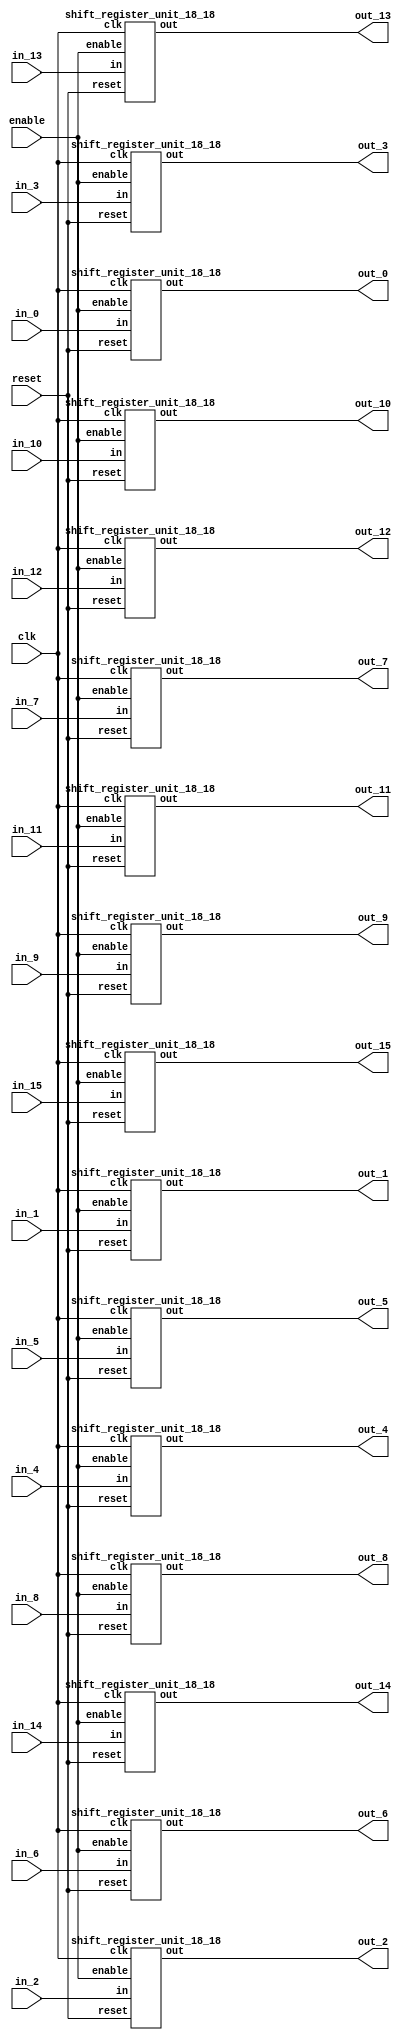
`define SIMULATION_MEMORY

module shift_register_group_18_16_18 (
	input clk,
	input enable,
	input [17:0] in_0,
	output [17:0] out_0,
	input [17:0] in_1,
	output [17:0] out_1,
	input [17:0] in_2,
	output [17:0] out_2,
	input [17:0] in_3,
	output [17:0] out_3,
	input [17:0] in_4,
	output [17:0] out_4,
	input [17:0] in_5,
	output [17:0] out_5,
	input [17:0] in_6,
	output [17:0] out_6,
	input [17:0] in_7,
	output [17:0] out_7,
	input [17:0] in_8,
	output [17:0] out_8,
	input [17:0] in_9,
	output [17:0] out_9,
	input [17:0] in_10,
	output [17:0] out_10,
	input [17:0] in_11,
	output [17:0] out_11,
	input [17:0] in_12,
	output [17:0] out_12,
	input [17:0] in_13,
	output [17:0] out_13,
	input [17:0] in_14,
	output [17:0] out_14,
	input [17:0] in_15,
	output [17:0] out_15,
	input reset
);

shift_register_unit_18_18 shift_register_unit_18_18_inst_0 (
	.clk(clk),
	.reset(reset),
	.enable(enable),
	.in(in_0),
	.out(out_0)
);

shift_register_unit_18_18 shift_register_unit_18_18_inst_1 (
	.clk(clk),
	.reset(reset),
	.enable(enable),
	.in(in_1),
	.out(out_1)
);

shift_register_unit_18_18 shift_register_unit_18_18_inst_2 (
	.clk(clk),
	.reset(reset),
	.enable(enable),
	.in(in_2),
	.out(out_2)
);

shift_register_unit_18_18 shift_register_unit_18_18_inst_3 (
	.clk(clk),
	.reset(reset),
	.enable(enable),
	.in(in_3),
	.out(out_3)
);

shift_register_unit_18_18 shift_register_unit_18_18_inst_4 (
	.clk(clk),
	.reset(reset),
	.enable(enable),
	.in(in_4),
	.out(out_4)
);

shift_register_unit_18_18 shift_register_unit_18_18_inst_5 (
	.clk(clk),
	.reset(reset),
	.enable(enable),
	.in(in_5),
	.out(out_5)
);

shift_register_unit_18_18 shift_register_unit_18_18_inst_6 (
	.clk(clk),
	.reset(reset),
	.enable(enable),
	.in(in_6),
	.out(out_6)
);

shift_register_unit_18_18 shift_register_unit_18_18_inst_7 (
	.clk(clk),
	.reset(reset),
	.enable(enable),
	.in(in_7),
	.out(out_7)
);

shift_register_unit_18_18 shift_register_unit_18_18_inst_8 (
	.clk(clk),
	.reset(reset),
	.enable(enable),
	.in(in_8),
	.out(out_8)
);

shift_register_unit_18_18 shift_register_unit_18_18_inst_9 (
	.clk(clk),
	.reset(reset),
	.enable(enable),
	.in(in_9),
	.out(out_9)
);

shift_register_unit_18_18 shift_register_unit_18_18_inst_10 (
	.clk(clk),
	.reset(reset),
	.enable(enable),
	.in(in_10),
	.out(out_10)
);

shift_register_unit_18_18 shift_register_unit_18_18_inst_11 (
	.clk(clk),
	.reset(reset),
	.enable(enable),
	.in(in_11),
	.out(out_11)
);

shift_register_unit_18_18 shift_register_unit_18_18_inst_12 (
	.clk(clk),
	.reset(reset),
	.enable(enable),
	.in(in_12),
	.out(out_12)
);

shift_register_unit_18_18 shift_register_unit_18_18_inst_13 (
	.clk(clk),
	.reset(reset),
	.enable(enable),
	.in(in_13),
	.out(out_13)
);

shift_register_unit_18_18 shift_register_unit_18_18_inst_14 (
	.clk(clk),
	.reset(reset),
	.enable(enable),
	.in(in_14),
	.out(out_14)
);

shift_register_unit_18_18 shift_register_unit_18_18_inst_15 (
	.clk(clk),
	.reset(reset),
	.enable(enable),
	.in(in_15),
	.out(out_15)
);

endmodule
module shift_register_unit_18_18 (
	input clk,
	input reset,
	input enable,
	input [17:0] in,
	output [17:0] out
);

reg [17:0] shift_registers_0;
reg [17:0] shift_registers_1;
reg [17:0] shift_registers_2;
reg [17:0] shift_registers_3;
reg [17:0] shift_registers_4;
reg [17:0] shift_registers_5;
reg [17:0] shift_registers_6;
reg [17:0] shift_registers_7;
reg [17:0] shift_registers_8;
reg [17:0] shift_registers_9;
reg [17:0] shift_registers_10;
reg [17:0] shift_registers_11;
reg [17:0] shift_registers_12;
reg [17:0] shift_registers_13;
reg [17:0] shift_registers_14;
reg [17:0] shift_registers_15;
reg [17:0] shift_registers_16;
reg [17:0] shift_registers_17;
always @ (posedge clk) begin
	if (reset) begin
		shift_registers_0 <= 18'd0;
		shift_registers_1 <= 18'd0;
		shift_registers_2 <= 18'd0;
		shift_registers_3 <= 18'd0;
		shift_registers_4 <= 18'd0;
		shift_registers_5 <= 18'd0;
		shift_registers_6 <= 18'd0;
		shift_registers_7 <= 18'd0;
		shift_registers_8 <= 18'd0;
		shift_registers_9 <= 18'd0;
		shift_registers_10 <= 18'd0;
		shift_registers_11 <= 18'd0;
		shift_registers_12 <= 18'd0;
		shift_registers_13 <= 18'd0;
		shift_registers_14 <= 18'd0;
		shift_registers_15 <= 18'd0;
		shift_registers_16 <= 18'd0;
		shift_registers_17 <= 18'd0;
	end else if (enable) begin
		shift_registers_0 <= in;
		shift_registers_1 <= shift_registers_0;
		shift_registers_2 <= shift_registers_1;
		shift_registers_3 <= shift_registers_2;
		shift_registers_4 <= shift_registers_3;
		shift_registers_5 <= shift_registers_4;
		shift_registers_6 <= shift_registers_5;
		shift_registers_7 <= shift_registers_6;
		shift_registers_8 <= shift_registers_7;
		shift_registers_9 <= shift_registers_8;
		shift_registers_10 <= shift_registers_9;
		shift_registers_11 <= shift_registers_10;
		shift_registers_12 <= shift_registers_11;
		shift_registers_13 <= shift_registers_12;
		shift_registers_14 <= shift_registers_13;
		shift_registers_15 <= shift_registers_14;
		shift_registers_16 <= shift_registers_15;
		shift_registers_17 <= shift_registers_16;
	end
end

assign out = shift_registers_17;

endmodule